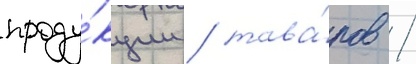
проду́кции / това́ров /